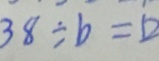
3 8 \div b = 1 2